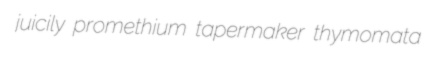
juicily promethium tapermaker thymomata